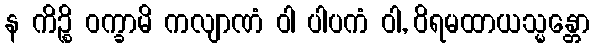
န ကိဉ္စိ ဝက္ခာမိ ကလျာဏံ ဝါ ပါပကံ ဝါ, ဝိရမထာယသ္မန္တော